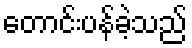
တောင်းပန်ခဲ့သည်